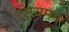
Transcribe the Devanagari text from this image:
रह्स्यमय